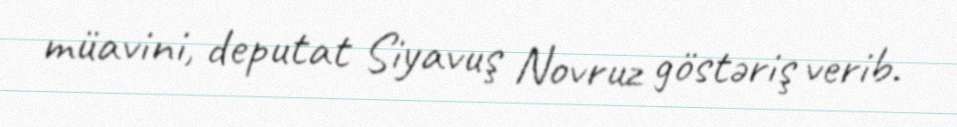
müavini, deputat Siyavuş Novruz göstəriş verib.